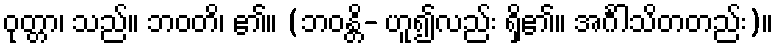
ဝုတ္တာ၊ သည်။ ဘဝတိ၊ ၏။ (ဘဝန္တိ- ဟူ၍လည်း ရှိ၏။ အင်္ဂါသိတတည်း)။